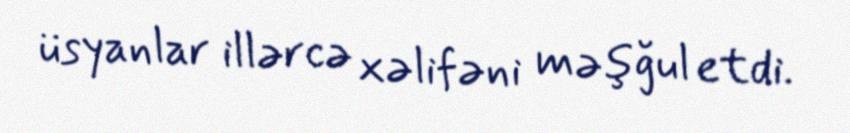
üsyanlar illərcə xəlifəni məşğul etdi.